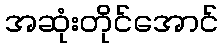
အဆုံးတိုင်အောင်